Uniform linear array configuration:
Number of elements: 24
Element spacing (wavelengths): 1
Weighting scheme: hann
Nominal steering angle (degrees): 15
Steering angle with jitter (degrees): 14.396
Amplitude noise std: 0.05
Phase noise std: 0.05

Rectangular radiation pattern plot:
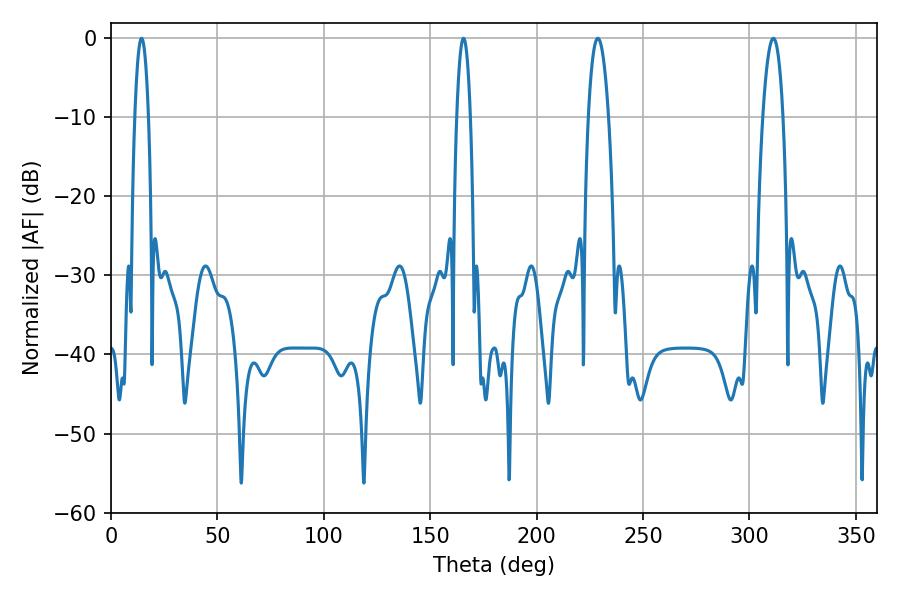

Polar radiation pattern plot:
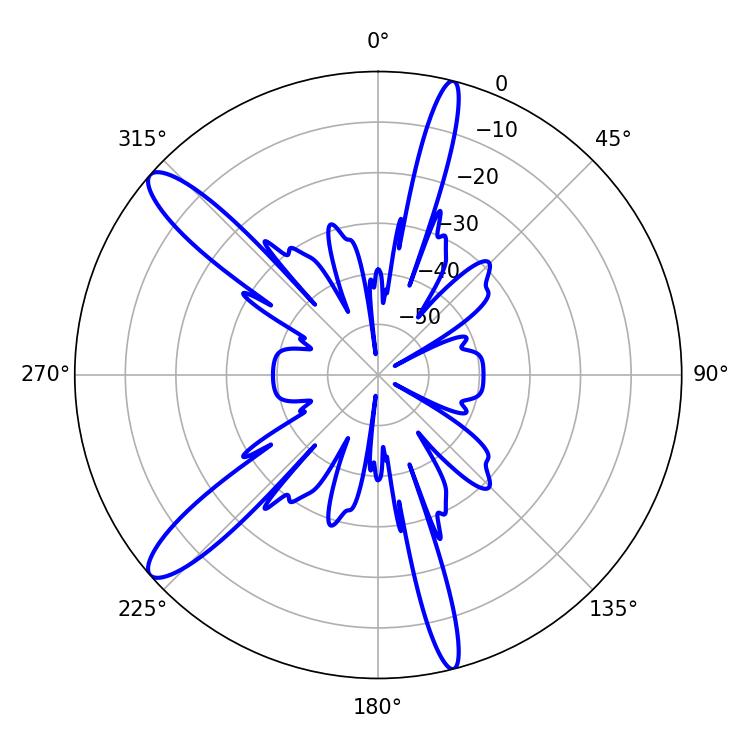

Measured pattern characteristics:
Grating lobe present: TRUE
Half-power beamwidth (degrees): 5.22
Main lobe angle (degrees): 311.22